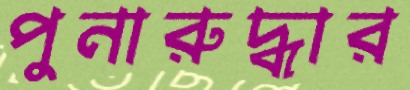
পুনারুদ্ধার